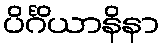
ပိင်္ဂိယာနိနာ